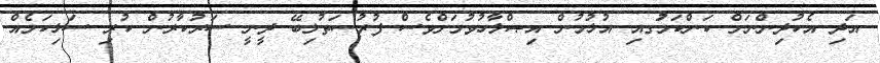
އަދި އެކުދިންނަށް ކަންކަމުަގއި އުޅުމުން އިޞްލާހުވުމަށްވެސް ފުރުސަތުލިބޭ ދީނީ ސަރުކާރުން ކުރި ސަޅިކަމެއް